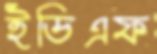
ইডিএফ